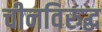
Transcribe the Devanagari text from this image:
चीनविरुद्ध